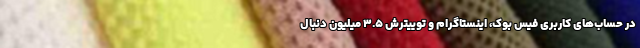
در حساب‌های کاربری فیس بوک، اینستاگرام و توییترش 3.5 میلیون دنبال